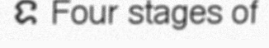
ទ Four stages of